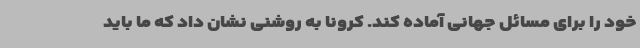
خود را برای مسائل جهانی آماده کند. کرونا به روشنی نشان داد که ما باید